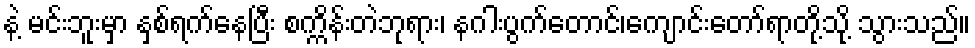
နဲ့ မင်းဘူးမှာ နှစ်ရက်နေပြီး စက္ကိန်းတဲဘုရား၊ နဂါးပွက်တောင်၊ကျောင်းတော်ရာတို့သို့ သွားသည်။